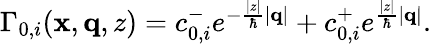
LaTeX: \begin{array}{r}{\Gamma_{0,i}(\mathbf{x},\mathbf{q},z)=c_{0,i}^{-}e^{-\frac{|z|}{\hbar}|\mathbf{q}|}+c_{0,i}^{+}e^{\frac{|z|}{\hbar}|\mathbf{q}|}.}\end{array}